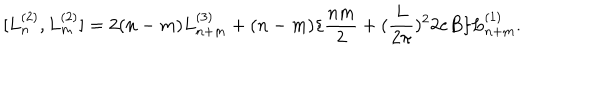
[ L _ { n } ^ { ( 2 ) } , L _ { m } ^ { ( 2 ) } ] = 2 ( n - m ) L _ { n + m } ^ { ( 3 ) } + ( n - m ) \{ \frac { n m } { 2 } + ( \frac { L } { 2 \pi } ) ^ { 2 } 2 e B \} L _ { n + m } ^ { ( 1 ) } .